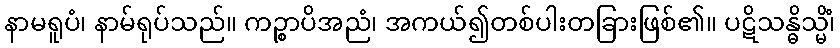
နာမရူပံ၊ နာမ်ရုပ်သည်။ ကဉ္စာပိအညံ၊ အကယ်၍တစ်ပါးတခြားဖြစ်၏။ ပဋိသန္ဓိသ္မိံ၊